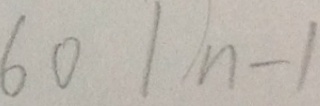
6 0 1 n - 1